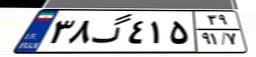
۰۵گ۱۵۷۴۵